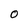
Character: O